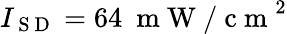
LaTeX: I_{\mathrm{~S~D~}}=64~\mathrm{~m~W~/~c~m~}^{2}